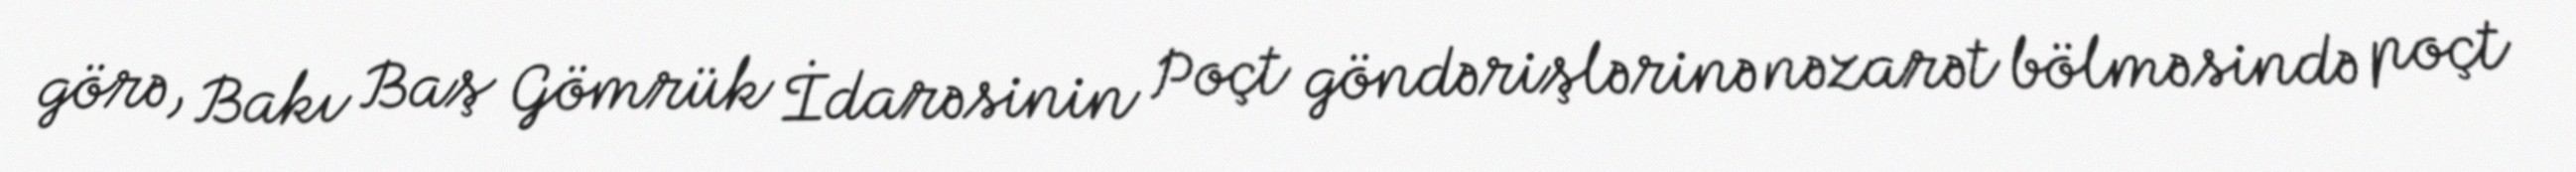
görə, Bakı Baş Gömrük İdarəsinin Poçt göndərişlərinə nəzarət bölməsində poçt